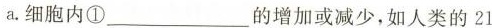
a.细胞内①___的增加或减少，如人类的21